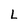
Character: L